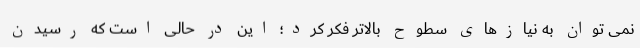
نمی توان به نیازهای سطوح بالاتر فکر کرد؛ این در حالی است که رسیدن